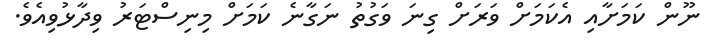
ނޫން ކަމަށާއި އެކަމަށް ވަރަށް ގިނަ ވަގުތު ނަގާނެ ކަމަށް މިނިސްޓަރު ވިދާޅުވިއެވެ.